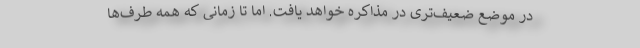
در موضع ضعیف‌تری در مذاکره خواهد یافت. اما تا زمانی که همه طرف‌ها